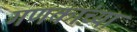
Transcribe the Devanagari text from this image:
गणकांच्या